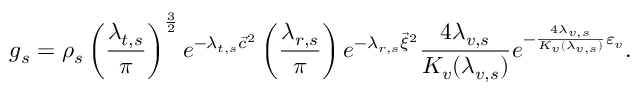
g _ { s } = \rho _ { s } \left( \frac { \lambda _ { t , s } } { \pi } \right) ^ { \frac { 3 } { 2 } } e ^ { - \lambda _ { t , s } { \vec { c } } ^ { 2 } } \left( \frac { \lambda _ { r , s } } { \pi } \right) e ^ { - \lambda _ { r , s } { \vec { \xi } } ^ { 2 } } \frac { 4 \lambda _ { v , s } } { K _ { v } ( \lambda _ { v , s } ) } e ^ { - \frac { 4 \lambda _ { v , s } } { K _ { v } ( \lambda _ { v , s } ) } \varepsilon _ { v } } .